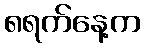
၈ရက်နေ့က